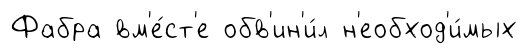
Фабра вм'е́ст'е обв'ин'и́л н'еобход'и́мых